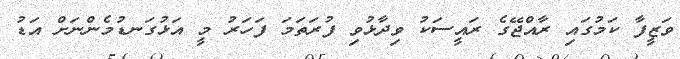
ވަޒީފާ ކަމުގައި ރާއްޖޭގެ ރައީސަކު ވިދާޅުވި ފުރަތަމަ ފަހަރު މީ އަޅުގަނޑުމެންނަށް އަޑު